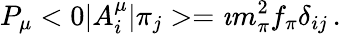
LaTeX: P_{\mu}<0|A_{i}^{\mu}|\pi_{j}>=\imath m_{\pi}^{2}f_{\pi}\delta_{ij}\, .